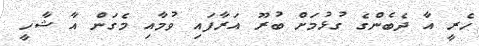
ހެރީ އާ ދެބެންގެ ގުޅުމަށް ބުރޫ އަރާފައި ވުމާއި މެގަން އާ ޝާހީ